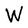
Character: W